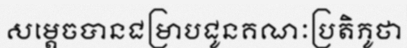
សម្តេចបានជម្រាបជូនគណៈប្រតិភូថា